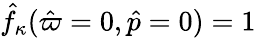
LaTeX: \hat{f}_{\kappa}(\hat{\varpi}=0,\hat{p}=0)=1